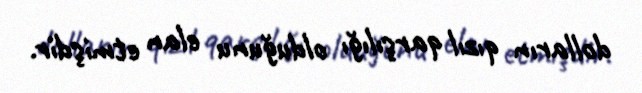
dolların qızıl qarşılığı olduğunu elan etmişdir.